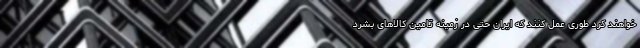
خواهند کرد طوری عمل کنند که ایران حتی در زمینه تامین کالاهای بشرد